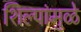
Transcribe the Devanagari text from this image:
शिल्पांमुळे